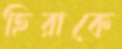
হিরাকে